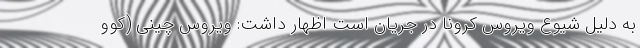
به دلیل شیوع ویروس کرونا در جریان است اظهار داشت: ویروس چینی (کوو